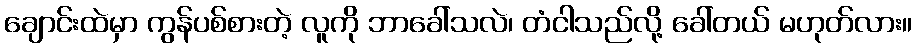
ချောင်းထဲမှာ ကွန်ပစ်စားတဲ့ လူကို ဘာခေါ်သလဲ၊ တံငါသည်လို့ ခေါ်တယ် မဟုတ်လား။